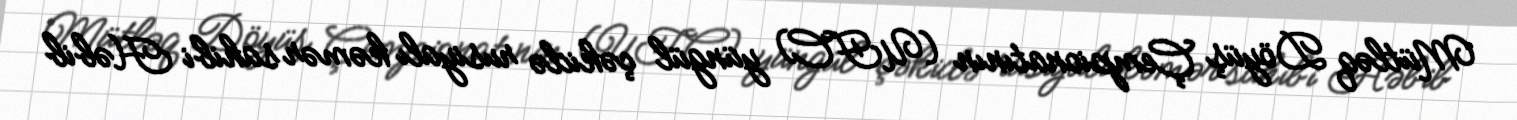
Mütləq Döyüş Çempionatının (UFC) yüngül çəkidə rusiyalı kəmər sahibi Həbib